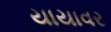
યાયાવર